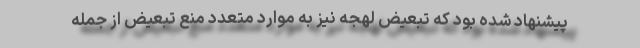
پیشنهاد شده بود که تبعیض لهجه نیز به موارد متعدد منع تبعیض از جمله